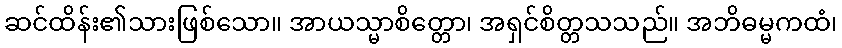
ဆင်ထိန်း၏သားဖြစ်သော။ အာယသ္မာစိတ္တော၊ အရှင်စိတ္တသသည်။ အဘိဓမ္မကထံ၊